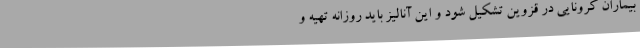
بیماران کرونایی در قزوین تشکیل شود و این آنالیز باید روزانه تهیه و